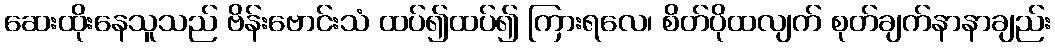
ဆေးထိုးနေသူသည် ဗိန်းဗောင်းသံ ထပ်၍ထပ်၍ ကြားရလေ၊ စိတ်ပိုထလျက် စုတ်ချက်နာနာချည်း